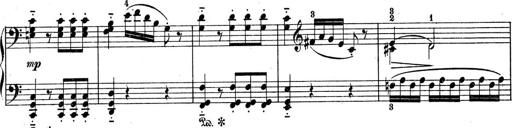
Title: 9 Sonatinen
Composer: Alexander Winterberger